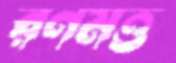
রণমত্ত